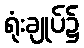
ရုံးချုပ်၌